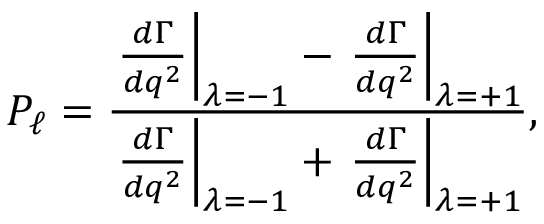
{ \cal P } _ { \ell } = \frac { \left. \frac { d \Gamma } { d q ^ { 2 } } \right| _ { \lambda = - 1 } - \left. \frac { d \Gamma } { d q ^ { 2 } } \right| _ { \lambda = + 1 } } { \left. \frac { d \Gamma } { d q ^ { 2 } } \right| _ { \lambda = - 1 } + \left. \frac { d \Gamma } { d q ^ { 2 } } \right| _ { \lambda = + 1 } } ,